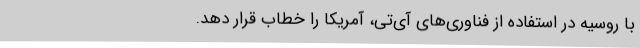
با روسیه در استفاده از فناوری‌های آی‌تی، آمریکا را خطاب قرار دهد.